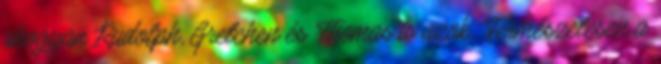
ahogyan Rudolph, Gretchen és Thomas is azok. Természetesen a